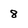
Character: 8